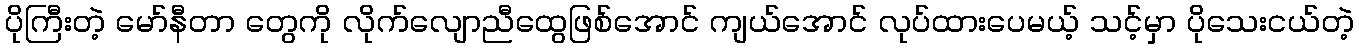
ပိုကြီးတဲ့ မော်နီတာ တွေကို လိုက်လျောညီထွေဖြစ်အောင် ကျယ်အောင် လုပ်ထားပေမယ့် သင့်မှာ ပိုသေးငယ်တဲ့